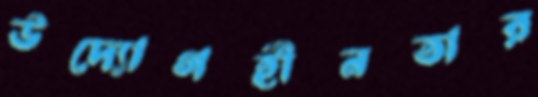
উদ্যোগহীনতার